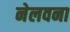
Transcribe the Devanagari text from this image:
नेलवना